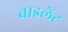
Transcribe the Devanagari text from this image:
वाइलेंट